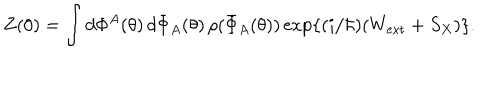
LaTeX: Z ( 0 ) = \int d \Phi ^ { A } ( \theta ) \, d \bar { \Phi } _ { A } ( \theta ) \, \rho ( \bar { \Phi } _ { A } ( \theta ) ) \exp \{ ( i / \hbar ) ( W _ { \mathrm { e x t } } + S _ { X } ) \} .